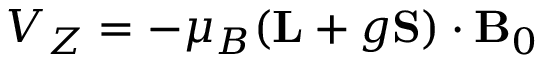
V _ { Z } = - \mu _ { B } ( \mathbf { L } + g \mathbf { S ) } \cdot \mathbf { B } _ { 0 }